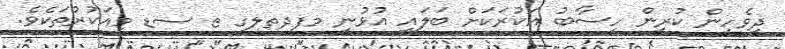
ދިވެހިން ކުރިން ހިސާބު އަކުރަކަށް ބަލައި އުޅުނީ މފދތލގ ޱ ސޑ މިއަކުރުތަކެވެ.